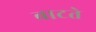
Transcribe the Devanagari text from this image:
बाटते